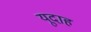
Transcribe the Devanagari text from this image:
यूदाह